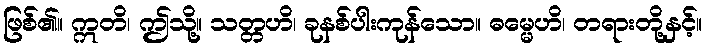
ဖြစ်၏။ ဣတိ၊ ဤသို့။ သတ္တဟိ၊ ခုနစ်ပါးကုန်သော။ ဓမ္မေဟိ၊ တရားတို့နှင့်။